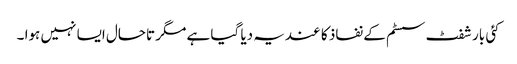
کئی بار شفٹ سسٹم کے نفاذ کا عندیہ دیا گیا ہے مگر تاحال ایسا نہیں ہوا ۔